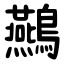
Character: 䴏